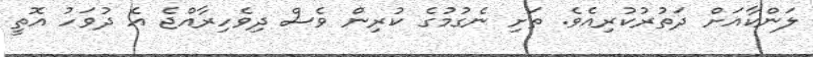
ލަންކާއަށް ދަތުރުކުރިއެވެ. ތަށި ނެގުމުގެ ކުރިން ވެސް ދިވެހިރާއްޖެ އެ ދުވަހު އޮތީ